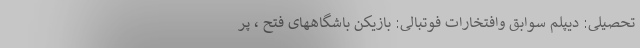
تحصیلی: دیپلم سوابق وافتخارات فوتبالی: بازیکن باشگاههای فتح ،‌ پر